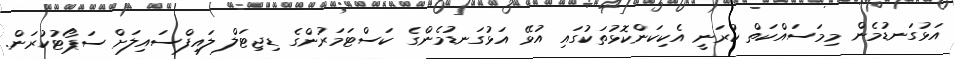
އަޅުގަނޑުމެން މިމަސައްކަތް ކުރަނީ އެކިކަންކޮޅުތަކުގައި އުޅޭ އަޅުގަނޑުމެންގެ ކަސްޓަމަރުންގެ ޑިޖިޓަލް ލައިފްސައިލަށް ސަޕޯޓުކުރަން.